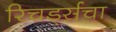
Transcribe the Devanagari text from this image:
रिचर्ड्सचा